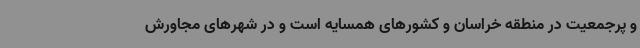
و پرجمعیت در منطقه خراسان و کشورهای همسایه است و در شهرهای مجاورش